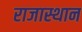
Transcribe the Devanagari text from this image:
राजास्थान